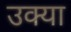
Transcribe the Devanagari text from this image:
उक्या